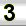
Digit: 3